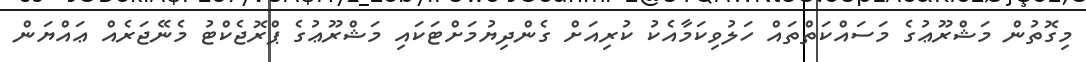
މިގޮތުން މަޝްރޫޢުގެ މަސައްކަތްތައް ހަލުވިކަމާއެކު ކުރިއަށް ގެންދިޔުމަށްޓަކައި މަޝްރޫޢުގެ ޕްރޮޖެކްޓު މެނޭޖަރެއް ޢައްޔަން